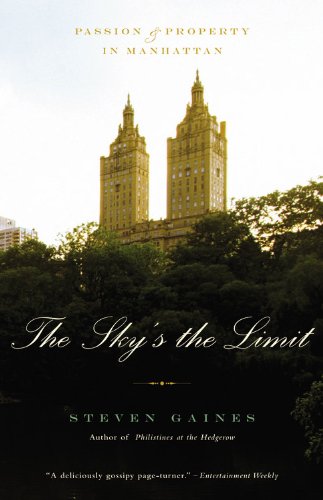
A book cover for The Sky's the Limit: Passion and Property in Manhattan; Steven Gaines; Business & Money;